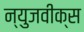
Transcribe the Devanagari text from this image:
न्युजवीक्स